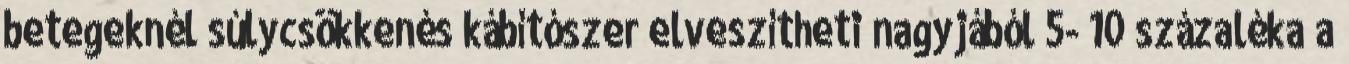
betegeknél súlycsökkenés kábítószer elveszítheti nagyjából 5- 10 százaléka a